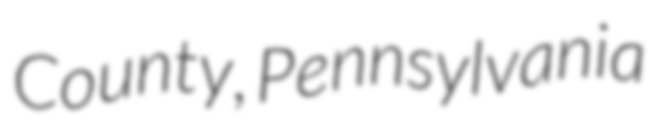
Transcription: County, Pennsylvania